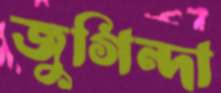
জুগিন্দা